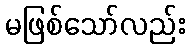
မဖြစ်သော်လည်း